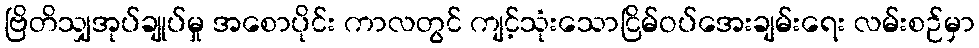
ဗြိတိသျှအုပ်ချုပ်မှု အစောပိုင်း ကာလတွင် ကျင့်သုံးသောငြိမ်ဝပ်အေးချမ်းရေး လမ်းစဉ်မှာ